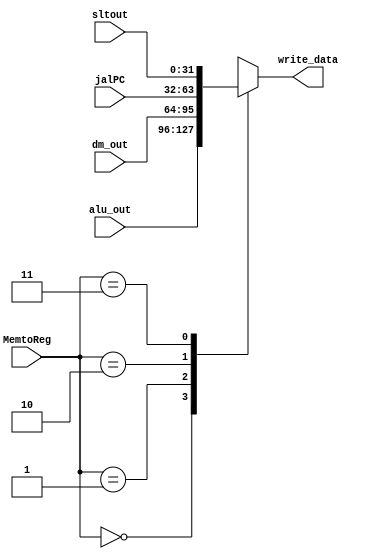
module mux2(MemtoReg,write_data,alu_out,dm_out,jalPC,sltout);
//choose write data in register 
    input [1:0] MemtoReg;
    input [31:0] alu_out;
    input [31:0] dm_out;
    input [31:0] jalPC;
    input [31:0] sltout;
    output reg[31:0] write_data;

    always@(MemtoReg or alu_out or dm_out or jalPC or sltout)
    begin
      case(MemtoReg)
          2'd0: write_data = alu_out;
          2'd1: write_data = dm_out;
          2'd2: write_data = jalPC;
          2'd3: write_data = sltout;
          default: write_data = 32'd0;
      endcase
    end
endmodule